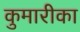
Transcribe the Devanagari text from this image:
कुमारीका